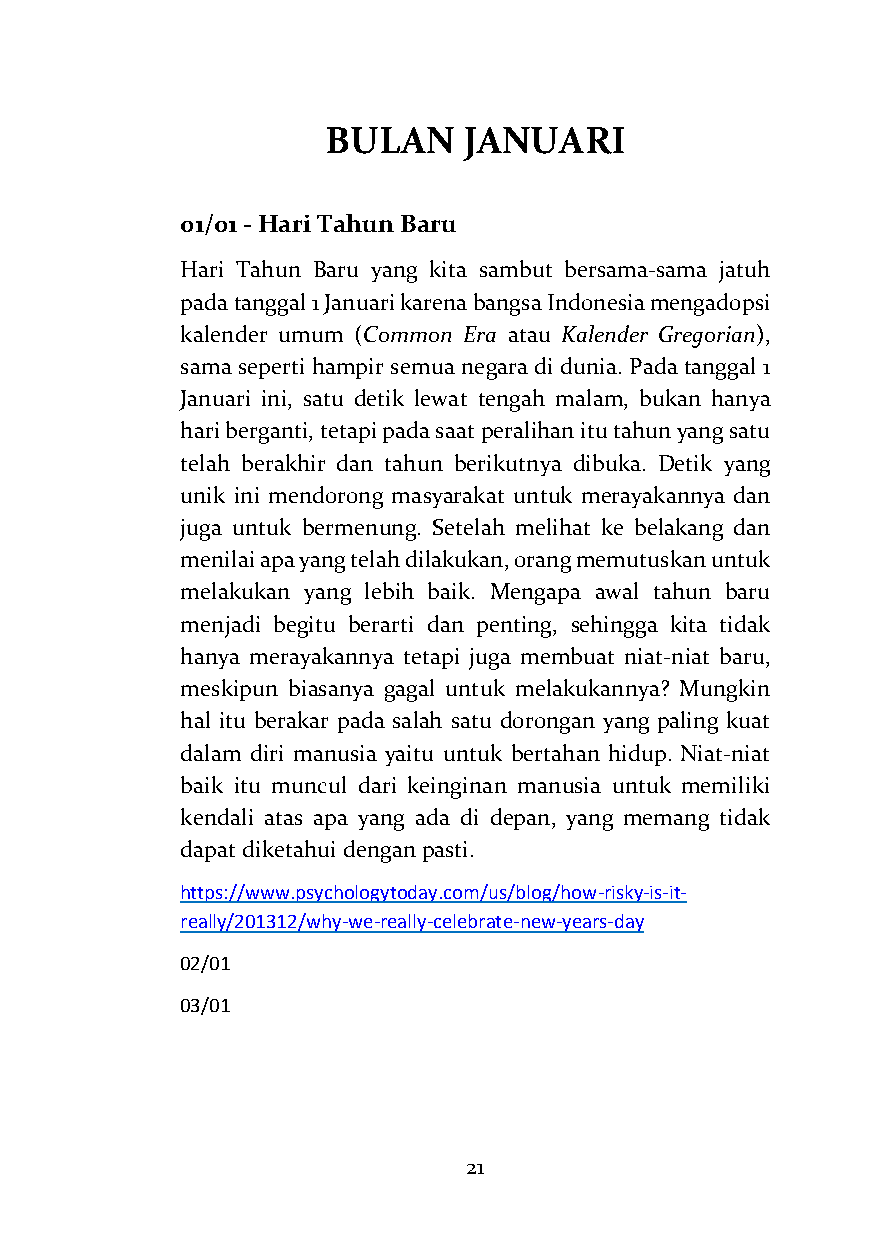
BULAN    JANUARI
 01/01 - Hari Tahun Baru
 Hari Tahun Baru yang kita sambut bersama-sama jatuh
 pada tanggal 1 Januari karena bangsa Indonesia mengadopsi
 kalender umum (Common Era atau Kalender Gregorian),
 sama seperti hampir semua negara di dunia. Pada tanggal 1
 Januari ini, satu detik lewat tengah malam, bukan hanya
 hari berganti, tetapi pada saat peralihan itu tahun yang satu
 telah berakhir dan tahun berikutnya dibuka. Detik yang
 unik ini mendorong masyarakat untuk merayakannya dan
 juga untuk bermenung. Setelah melihat ke belakang dan
 menilai apa yang telah dilakukan, orang memutuskan untuk
 melakukan yang lebih baik. Mengapa awal tahun baru
 menjadi begitu berarti dan penting, sehingga kita tidak
 hanya merayakannya tetapi juga membuat niat-niat baru,
 meskipun biasanya gagal untuk melakukannya? Mungkin
 hal itu berakar pada salah satu dorongan yang paling kuat
 dalam diri manusia yaitu untuk bertahan hidup. Niat-niat
 baik itu muncul dari keinginan manusia untuk memiliki
 kendali atas apa yang ada di depan, yang memang tidak
 dapat diketahui dengan pasti.
 https://www.psychologytoday.com/us/blog/how-risky-is-it-
 really/201312/why-we-really-celebrate-new-years-day
 02/01
 03/01
 21